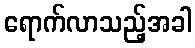
ရောက်လာသည့်အခါ